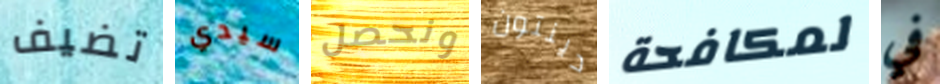
تضيف سيدي ونحصل دينتون لمكافحة في